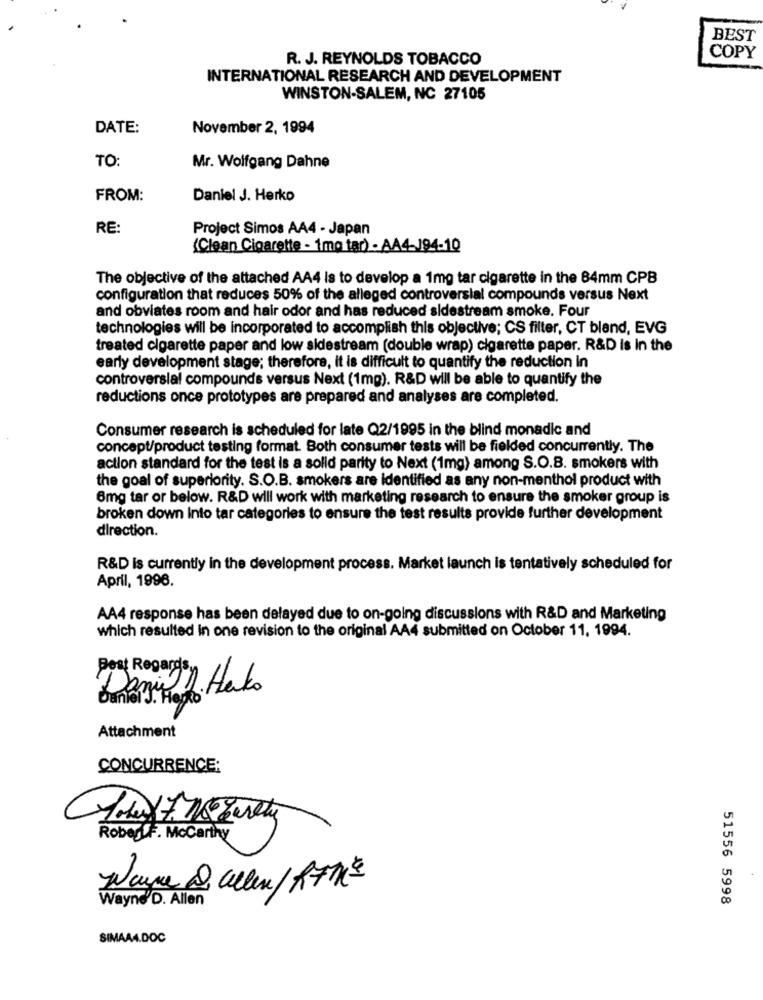
BEST
R. J. REYNOLDS TOBACCO
COPY
INTERNATIONAL RESEARCH AND DEVELOPMENT
WINSTON-SALEM, NC 27105
DATE:
November 2, 1994
TO:
Mr. Wolfgang Dahne
FROM:
Daniel J. Herko
RE:
Project Simos AA4 - Japan
(Clean Cigarette - 1mg tar) - AA4-194-10
The objective of the attached AA4 is to develop a 1mg tar cigarette in the 84mm CPB
configuration that reduces 50% of the alleged controversial compounds versus Next
and obviates room and hair odor and has reduced sidestream smoke. Four
technologies will be incorporated to accomplish this objective; CS filter, CT bland, EVG
treated cigarette paper and low sidestream (double wrap) cigarette paper. R&D Is In the
early development stage; therefore, it is difficult to quantify the reduction in
controversial compounds versus Next (1mg). R&D will be able to quantify the
reductions once prototypes are prepared and analyses are completed.
Consumer research is scheduled for late Q2/1995 in the blind monadic and
concept/product testing format. Both consumer tests will be fielded concurrently. The
action standard for the test is a solid parity to Next (1mg) among S.O.B. smokers with
the goal of superiority. S.O.B. smokers are identified as any non-menthol product with
6mg tar or below. R&D will work with marketing research to ensure the smoker group is
broken down Into tar categories to ensure the test results provide further development
direction.
R&D is currently in the development process. Market launch is tentatively scheduled for
April, 1996.
AA4 response has been delayed due to on-going discussions with R&D and Marketing
which resulted in one revision to the original AA4 submitted on October 11, 1994.
Best Regards
Attachment
CONCURRENCE:
RobertF. McCarthy
Wayne'D. Allen
51556 5998
SIMAA4.DOC